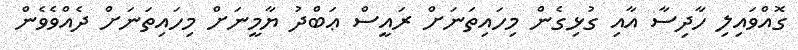
ގޮއްވައިލި ހާދިސާ އާއި ގުޅިގެން މިހައިތަނަށް ރައީސް ޢަބްދު ޔާމީނަށް މިހައިތަނަށް ދެއްވެވެން